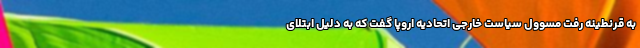
به قرنطینه رفت مسوول سیاست خارجی اتحادیه اروپا گفت که به دلیل ابتلای